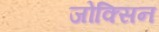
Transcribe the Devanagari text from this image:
जोक्सिन